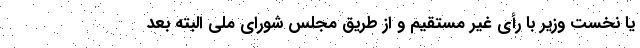
یا نخست وزیر با رأی غیر مستقیم و از طریق مجلس شورای ملی البته بعد